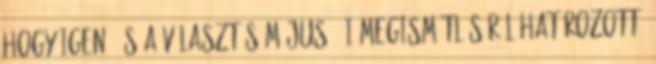
hogy igen, és a választás május 7-i megismétléséről határozott.